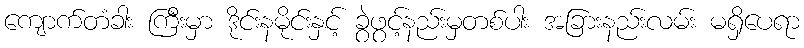
ကျောက်တံခါး ကြီးမှာ ဒိုင်းနမိုင်းနှင့် ခွဲဖွင့်နည်းမှတစ်ပါး အခြားနည်းလမ်း မရှိပေရာ